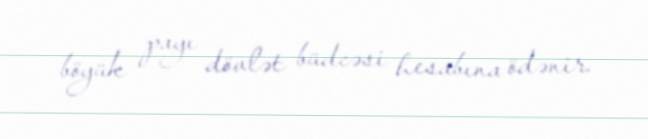
böyük payı dövlət büdcəsi hesabına ödənir.